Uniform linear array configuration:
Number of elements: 48
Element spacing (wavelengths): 0.25
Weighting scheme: hamming
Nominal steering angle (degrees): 15
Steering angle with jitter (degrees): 16.472
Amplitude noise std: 0.05
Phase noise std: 0.05

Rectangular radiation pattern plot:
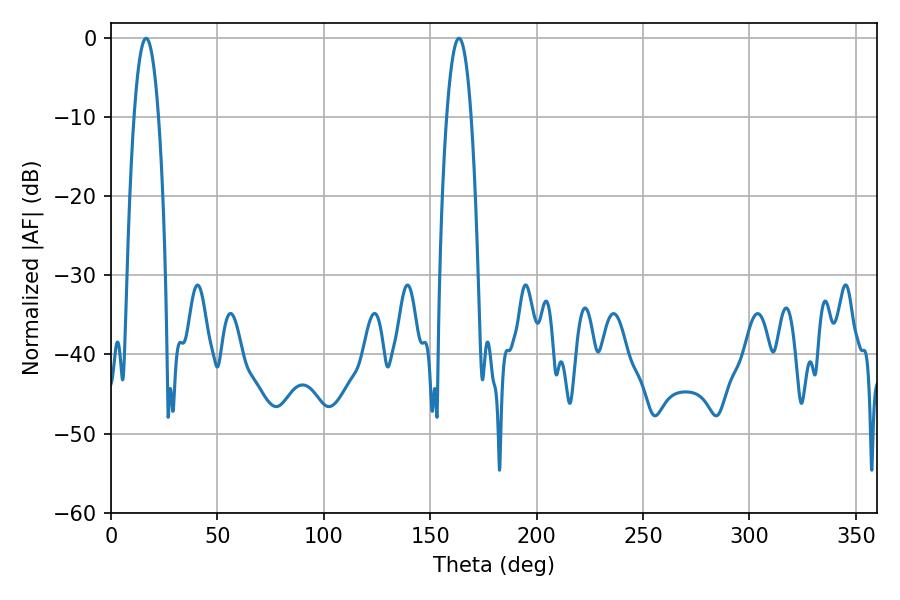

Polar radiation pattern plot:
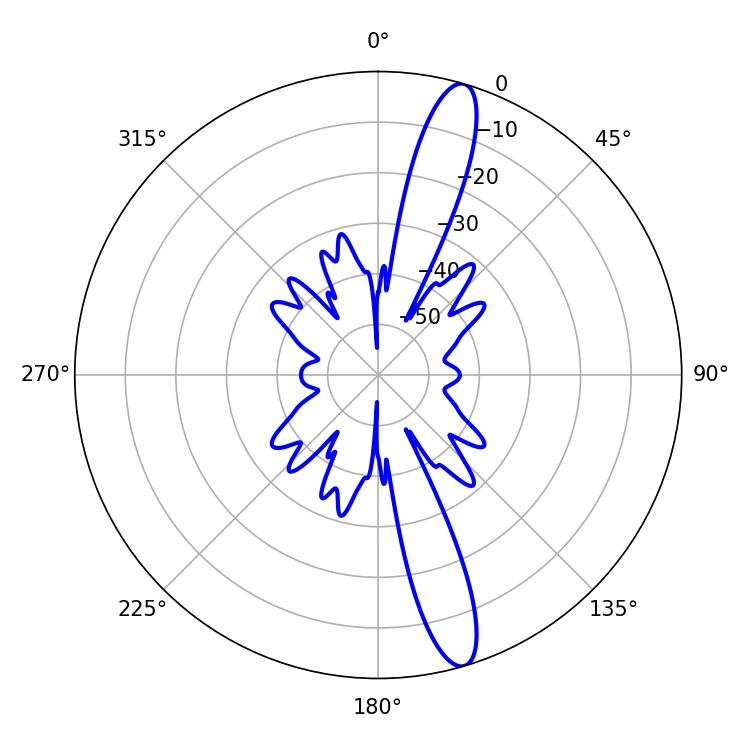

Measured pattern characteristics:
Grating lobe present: FALSE
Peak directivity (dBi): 14.692
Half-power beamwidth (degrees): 6.3
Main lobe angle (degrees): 16.56